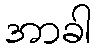
အာခါ